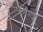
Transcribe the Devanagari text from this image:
वन्डालुर